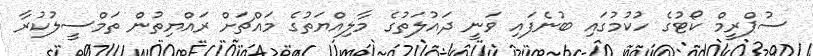
ސުޕްރީމް ކޯޓުގެ ހުކުމުގައި ބުނެފައި ވަނީ ދައުލަތުގެ މާލިއްޔަތުގެ މައްޗަށް ރައްޔިތުން ތަމްސީލުކުރާ